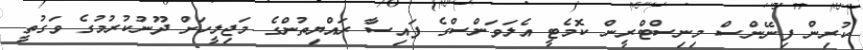
ކުރިން ފިނޭންސް މިނިސްޓްރީން ކޮމެޓީ އެލަވަންސްގެ ފައިސާ ރައްޔިތުންގެ މަޖިލީހަށް ދޫނުކުރުމުގެ ވަގުތީ